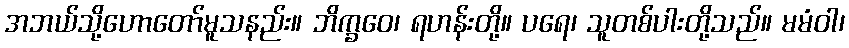
အဘယ်သို့ဟောတော်မူသနည်း။ ဘိက္ခဝေ၊ ရဟန်းတို့။ ပရေ၊ သူတစ်ပါးတို့သည်။ မမံဝါ၊